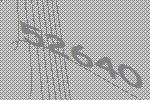
52640